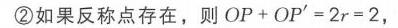
\textcircled{2}如果反称点存在，则 \(OP + OP' = 2r = 2\)，